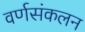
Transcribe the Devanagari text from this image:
वर्णसंकलन